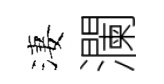
淒瀾